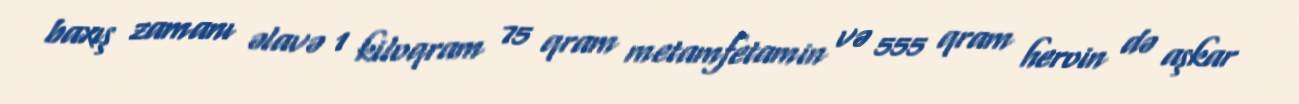
baxış zamanı əlavə 1 kiloqram 75 qram metamfetamin və 555 qram heroin də aşkar